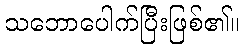
သဘောပေါက်ပြီးဖြစ်၏။